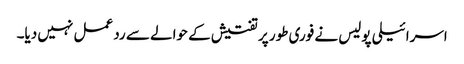
اسرائیلی پولیس نے فوری طور پر تفتیش کے حوالے سے رد عمل نہیں دیا۔